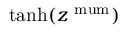
\operatorname { t a n h } ( z ^ { \mathrm { { \ m u m } } } )